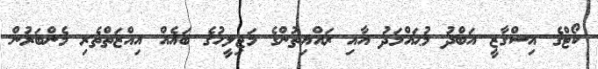
ކޯޓްގެ އިސްގާޒީ އަބްދު މުޙައްމަދު އާއި ރައްޔިތުންގެ މަޖިލީހުގެ ބައެއް އިއްޒަތްތެރި މެންބަރުން